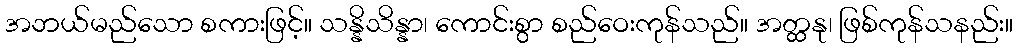
အဘယ်မည်သော စကားဖြင့်။ သန္နိသိန္နာ၊ ကောင်းစွာ စည်ဝေးကုန်သည်။ အတ္ထနု၊ ဖြစ်ကုန်သနည်း။